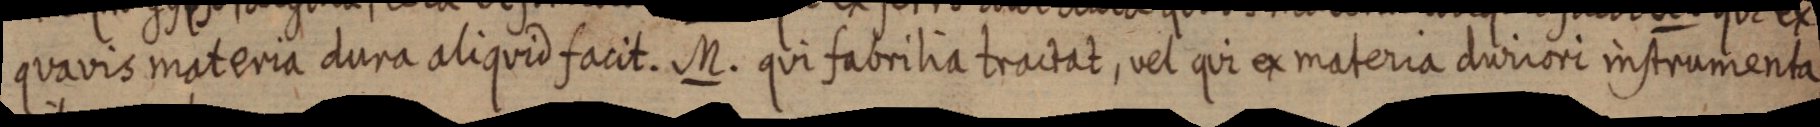
quavis materia dura aliquid facit. M. qui fabrilia tractat, vel qui ex materia duriori instrumenta